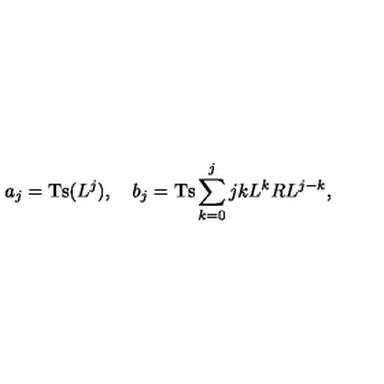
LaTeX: a _ { j } = \mathrm { T s } ( L ^ { j } ) , \quad b _ { j } = \mathrm { T s } \sum _ { k = 0 } ^ { j } { \binom { j } { k } } L ^ { k } R L ^ { j - k } ,